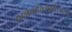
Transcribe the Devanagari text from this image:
यदन्नेनातिरोहति॥२॥